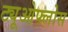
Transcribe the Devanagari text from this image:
ट्यूओफ्लोस